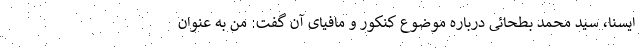
ایسنا، سید محمد بطحائی درباره موضوع کنکور و مافیای آن گفت: من به عنوان